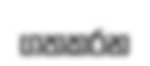
ගතකරන